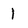
Character: 1